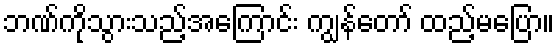
ဘဏ်ကိုသွားသည့်အကြောင်း ကျွန်တော် ထည့်မပြော။